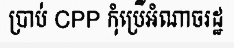
ប្រាប់ CPP កុំប្រើអំណាចរដ្ឋ